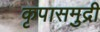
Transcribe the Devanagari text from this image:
कृपासमुद्री